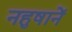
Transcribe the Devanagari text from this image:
नहुषानें